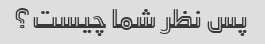
پس نظر شما چیست؟